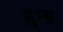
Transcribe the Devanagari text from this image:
ड्र्ग्स